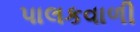
પાલકવાળી